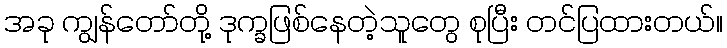
အခု ကျွန်တော်တို့ ဒုက္ခဖြစ်နေတဲ့သူတွေ စုပြီး တင်ပြထားတယ်။